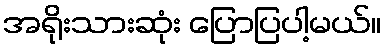
အရိုးသားဆုံး ပြောပြပါ့မယ်။